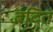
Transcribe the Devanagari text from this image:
बंदित